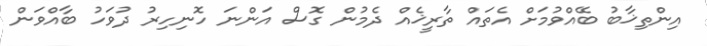
އިންތިޚާބު ބޭއްވުމަށް އެތައް ތާރީޚެއް ދެމުން ގޮސް އަންނަ ހޮނިހިރު ދުވަހު ބާއްވަން